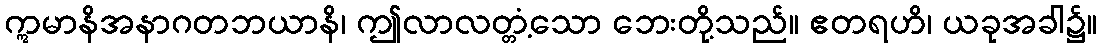
ဣမာနိအနာဂတဘယာနိ၊ ဤလာလတ္တံ့သော ဘေးတို့သည်။ ဧတရဟိ၊ ယခုအခါ၌။